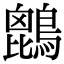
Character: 𪄆